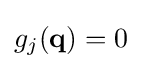
g_{j}(\mathbf {q} )=0